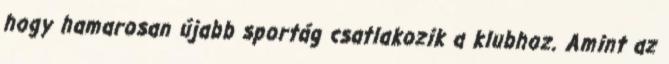
hogy hamarosan újabb sportág csatlakozik a klubhoz. Amint az